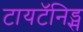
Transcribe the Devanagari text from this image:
टायटॅनिड्स